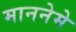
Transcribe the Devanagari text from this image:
माननेमे